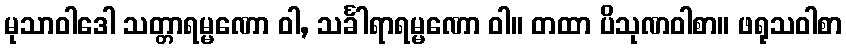
မုသာဝါဒေါ သတ္တာရမ္မဏော ဝါ, သင်္ခါရာရမ္မဏော ဝါ။ တထာ ပိသုဏဝါစာ။ ဖရုသဝါစာ